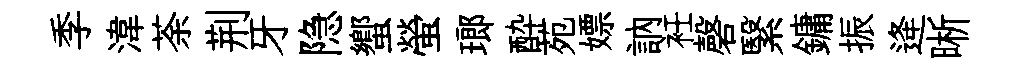
季湋荼荆牙隐蠁螢瑯酔苑嫖訥衽磬繄鏞振逄晰